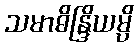
သမာဓိန္ဒြိယမ္ပိ